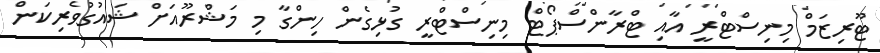
ޓޫރިޒަމް މިނިސްޓްރީ އާއި ޓްރާންސްޕޯޓް މިނިސްޓްރީ ގުޅިގެން ހިންގާ މި މަޝްރޫއަށް ޝައުގުވެރިކަން